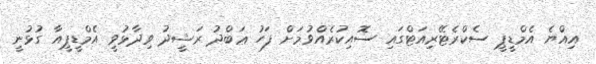
އިއްޔެ އެމްޑީޕީ ސެކްރެޓޭރިއަޓްގައި ސޮއިކުރެއްވުމަށް ފަހު ޢަބްދު ރަޝީދު ވިދާޅުވީ އެމްޑީޕީއާ ގުޅުނީ